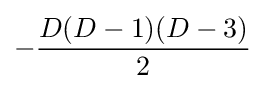
-{D(D-1)(D-3) \over {2}}